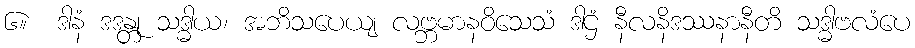
၆။  ဒါနံ ဒဒန္တု သဒ္ဓါယ၊ အဘိသပေယျ လဗ္ဘမာနဝိသေသံ ဒါဌံ နီလနိဒဿနာနီတိ သဒ္ဓါဗလံပေ